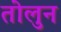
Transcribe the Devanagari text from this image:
तोलुन